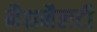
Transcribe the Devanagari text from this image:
नैशनैलटी